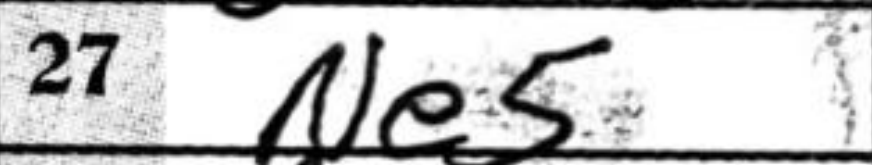
Transcription: Ne5